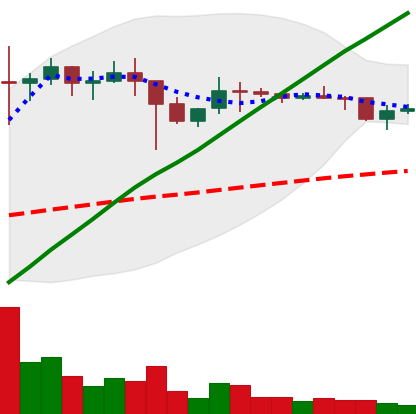
Ticker: DOGE-USD
Chart end date: 2021-01-23
Forward return: 297.296%
Label: up_7plus